Report on the treatment of epidemic cholera: from information collected by the governments of Bengal, Madras, Bombay, N.W. Provinces, Punjab, Oudh, and Central India, by order of the Government of India
Disease focus: Cholera
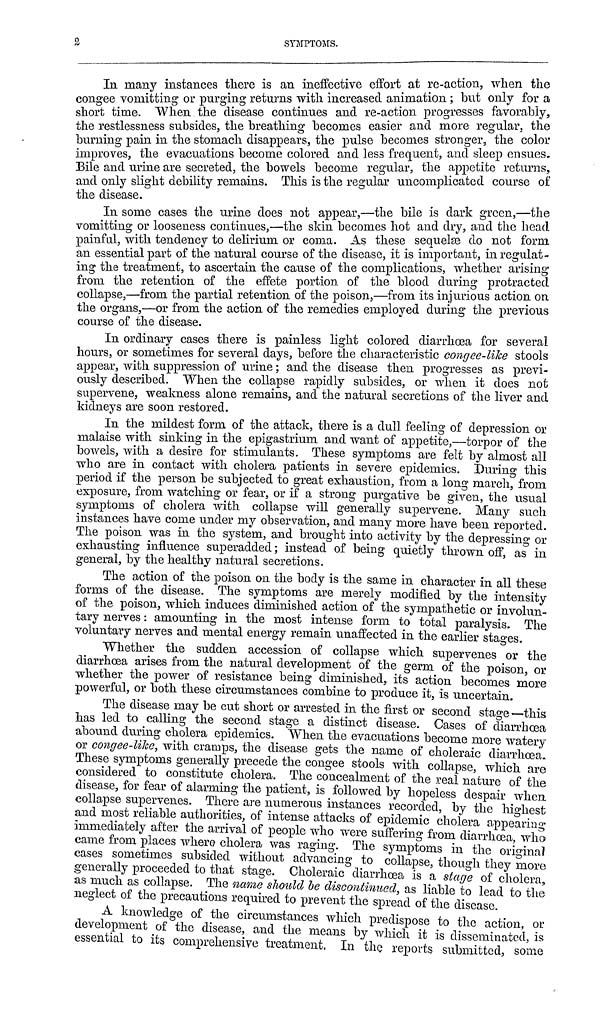
2
SYMPTOMS.
In many instances there is an ineffective effort at re-action, when the
congee vomitting or purging returns with increased animation ; but only for a
short time. When the disease continues and re-action progresses favorably,
the restlessness subsides, the breathing becomes easier and more regular, the
burning pain in the stomach disappears, the pulse becomes stronger, the color
improves, the evacuations become colored and less frequent, and sleep ensues.
Bile and urine are secreted, the bowels become regular, the appetite returns,
and only slight debility remains. This is the regular uncomplicated course of
the disease.
In some cases the urine does not appear,—the bile is dark green,—the
vomitting or looseness continues,—the skin becomes hot and dry, and the head
painful, with tendency to delirium, or coma. As these sequelæ do not form
an essential part of the natural course of the disease, it is important, in regulat-
ing the treatment, to ascertain the cause of the complications, whether arising
from the retention of the effete portion of the blood during protracted
collapse,—from the partial retention of the poison,—from its injurious action on
the organs,—or from the action of the remedies employed during the previous
course of the disease.
In ordinary cases there is painless light colored diarrhoea for several
hours, or sometimes for several days, before the characteristic congee-like stools
appear, with suppression of urine; and the disease then progresses as previ-
ously described. When the collapse rapidly subsides, or when it does not
supervene, weakness alone remains, and the natural secretions of the liver and
kidneys are soon restored.
In the mildest form of the attack, there is a dull feeling of depression or
malaise with sinking in the epigastrium and want of appetite,—torpor of the
bowels, with a desire for stimulants. These symptoms are felt by almost all
who are in contact with cholera patients in severe epidemics. During this
period if the person be subjected to great exhaustion, from a long march, from
exposure, from watching or fear, or if a strong purgative be given, the usual
symptoms of cholera with collapse will generally supervene. Many such
instances have corne under my observation, and many more have been reported.
The poison was in the system, and brought into activity by the depressing or
exhausting influence superadded; instead of being quietly thrown off, as in
general, by the healthy natural secretions.
The action of the poison on the body is the same in character in all these
forms of the disease. The symptoms are merely modified by the intensity
of the poison, which induces diminished action of the sympathetic or involun-
tary nerves : amounting in the most intense form to total paralysis. The
voluntary nerves and mental energy remain unaffected in the earlier stages.
Whether the sudden accession of collapse which supervenes or the
diarrhoea arises from the natural development of the germ of the poison, or
whether the power of resistance being diminished, its action becomes more
powerful, or both these circumstances combine to produce it, is uncertain.
The disease may be cut short or arrested in the first or second stage this
has led to calling the second stage a distinct disease. Cases of diarrhœa
abound during cholera epidemics. When the evacuations become more watery
or congee-like, with cramps, the disease gets the name of choleraic diarrhoea.
These symptoms generally precede the congee stools with collapse, which are
considered to constitute cholera. The concealment of the real nature of the
disease, for fear of alarming the patient, is followed by hopeless despair when
collapse supervenes. There are numerous instances recorded, by the highest
and most reliable authorities, of intense attacks of epidemic cholera appearing
immediately after the arrival of people who were suffering from diarrhœa, who
came from places where cholera was raging. The symptoms in the original
cases sometimes subsided without advancing to collapse, though they more
generally proceeded to that stage. Choleraic diarrhœa is a stage of cholera
as much as collapse. The name should be discontinued, as liable to lead to the
neglect of the precautions required to prevent the spread of the disease.
A knowledge of the circumstances which predispose to the action, or
development of the disease, and the means by which it is disseminated, is
essential to its comprehensive treatment. In the reports submitted, some